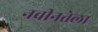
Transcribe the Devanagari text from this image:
नवीनतेला